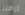
تراقبنا